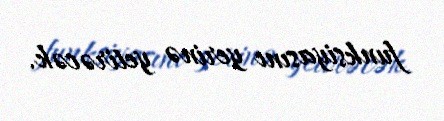
funksiyasını yerinə yetirəcək.